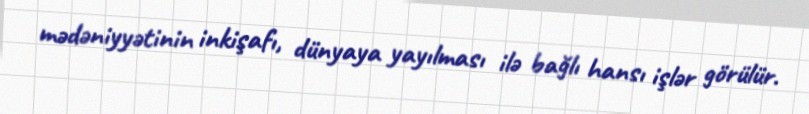
mədəniyyətinin inkişafı, dünyaya yayılması ilə bağlı hansı işlər görülür.